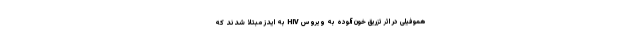
هموفیلی در اثر تزریق خون آلوده به ویروس HIV به ایدز مبتلا شدند که